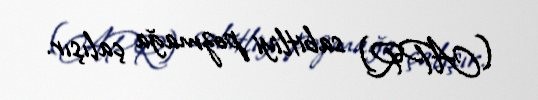
(APR) sabitliyi pozmağa çalışır.